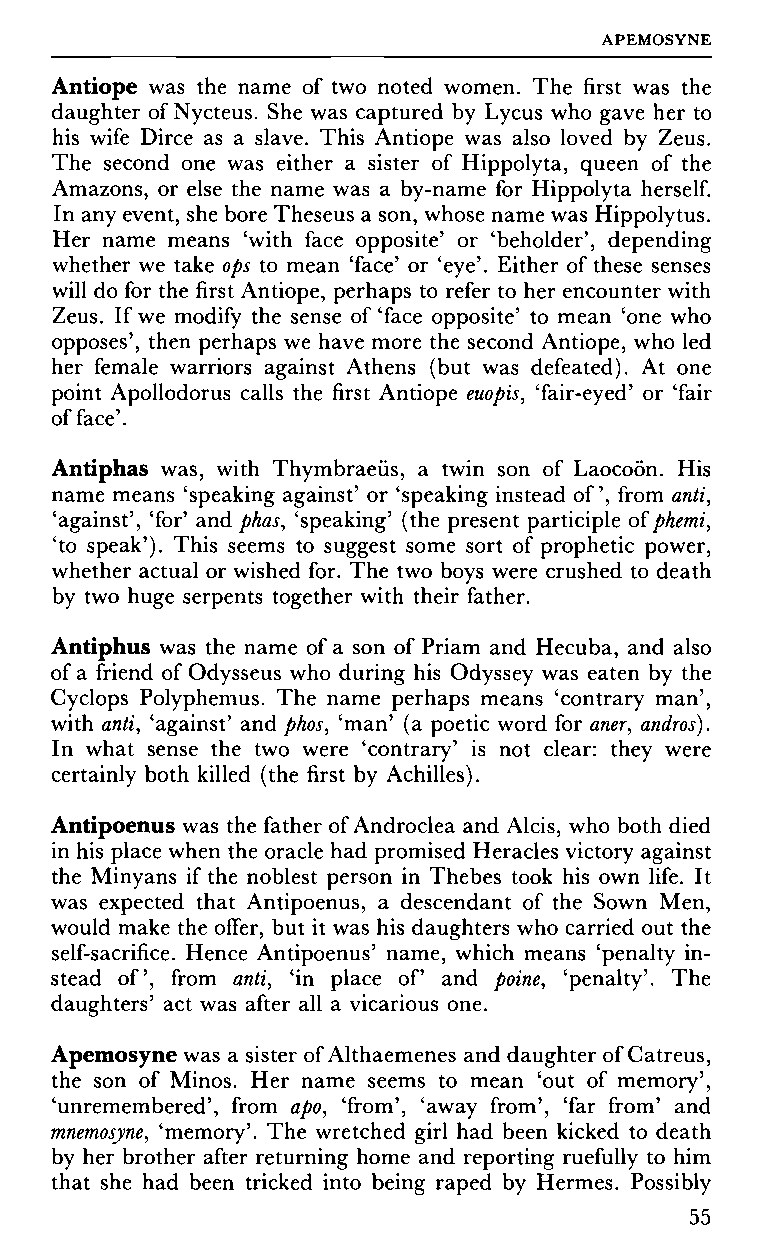
APEMOSYNE
 Antiope was the name of two noted women. The first was the
 daughter of Nycteus. She was captured by Lycus who gave her to
 his wife Dirce as a slave. This Antiope was also loved by Zeus.
 The second one was either a sister of Hippolyta, queen of the
 Amazons, or else the name was a by-name for Hippolyta herself.
 In any event, she bore Theseus a son, whose name was Hippolytus.
 Her name means 'with face opposite' or 'beholder', depending
 whether we take ops to mean 'face' or 'eye'. Either of these senses
 will do for the first Antiope, perhaps to refer to her encounter with
 Zeus. If we modify the sense of 'face opposite' to mean 'one who
 opposes', then perhaps we have more the second Antiope, who led
 her female warriors against Athens (but was defeated). At one
 point Apollodorus calls the first Antiope euopis, 'fair-eyed' or 'fair
 of face'.
 Antiphas was, with Thymbraeiis, a twin son of Laocoön. His
 name means 'speaking against' or 'speaking instead of, from anti,
 'against', 'for' and phas, 'speaking' (the present participle of phemi,
 'to speak'). This seems to suggest some sort of prophetic power,
 whether actual or wished for. The two boys were crushed to death
 by two huge serpents together with their father.
 Antiphus was the name of a son of Priam and Hecuba, and also
 of a friend of Odysseus who during his Odyssey was eaten by the
 Cyclops Polyphemus. The name perhaps means 'contrary man',
 with anti, 'against' and phos, 'man' (a poetic word for aner, andros).
 In what sense the two were 'contrary' is not clear: they were
 certainly both killed (the first by Achilles).
 Antipoenus was the father of Androclea and Alcis, who both died
 in his place when the oracle had promised Heracles victory against
 the Minyans if the noblest person in Thebes took his own life. It
 was expected that Antipoenus, a descendant of the Sown Men,
 would make the offer, but it was his daughters who carried out the
 self-sacrifice. Hence Antipoenus' name, which means 'penalty in
 stead of, from anti, 'in place of and poine, 'penalty'. The
 daughters' act was after all a vicarious one.
 Apemosyne was a sister of Althaemenes and daughter of Catreus,
 the son of Minos. Her name seems to mean 'out of memory',
 'unremembered', from apo, 'from', 'away from', 'far from' and
 mnemosyne, 'memory'. The wretched girl had been kicked to death
 by her brother after returning home and reporting ruefully to him
 that she had been tricked into being raped by Hermes. Possibly
 55